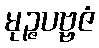
မုဉ္ဇပဗ္ဗဇံ